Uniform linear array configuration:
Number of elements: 64
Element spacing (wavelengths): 0.75
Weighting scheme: kaiser
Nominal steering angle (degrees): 15
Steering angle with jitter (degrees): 13.813
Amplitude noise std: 0.05
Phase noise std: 0.05

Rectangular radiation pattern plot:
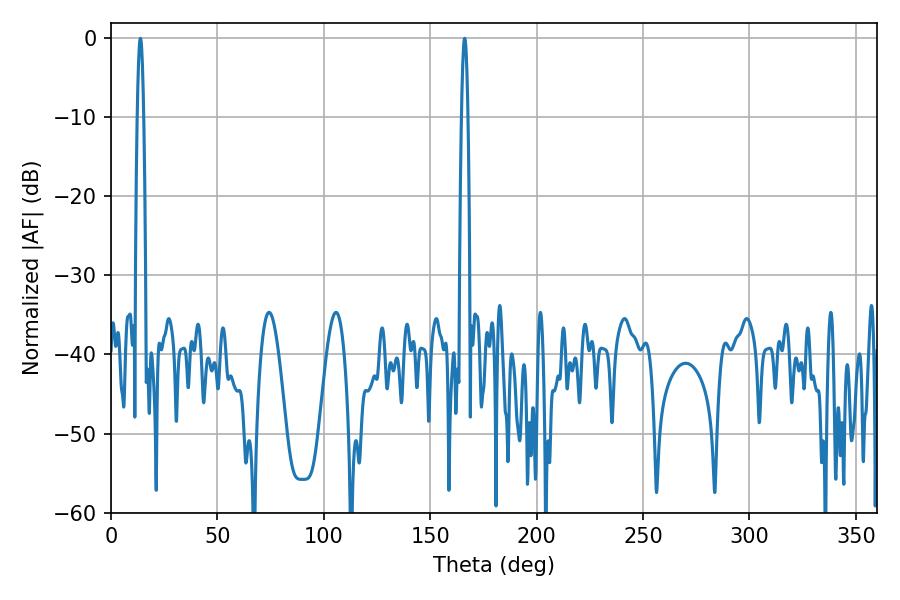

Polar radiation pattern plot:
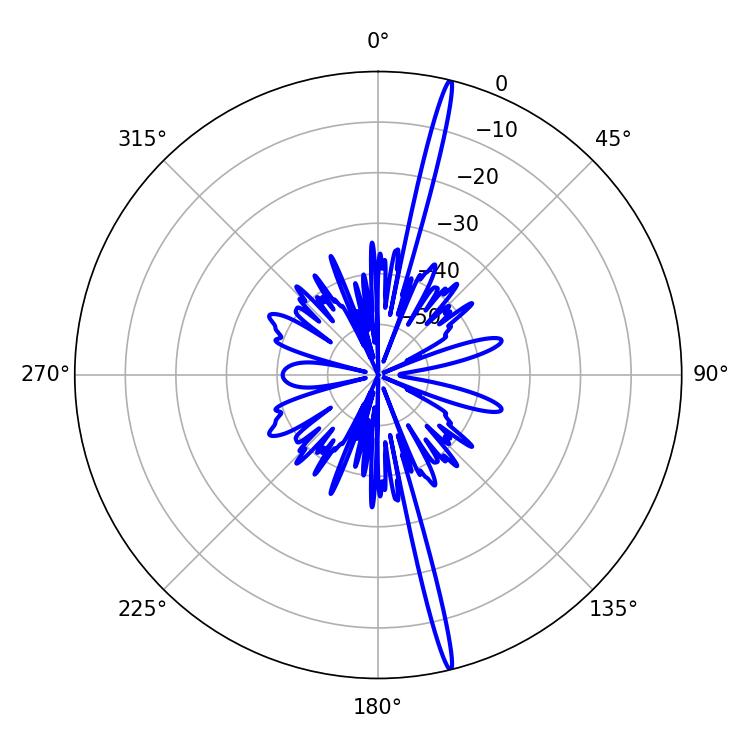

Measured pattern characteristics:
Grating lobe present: TRUE
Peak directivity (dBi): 21.152
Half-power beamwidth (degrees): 1.62
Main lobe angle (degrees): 166.14